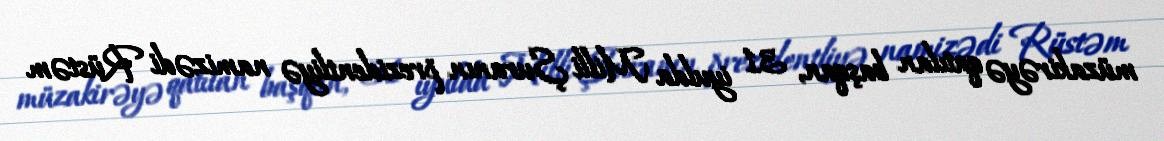
müzakirəyə qatılan başqan, 31 iyulda Milli Şuranın prezidentliyə namizədi Rüstəm